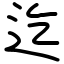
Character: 迄